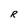
Character: R